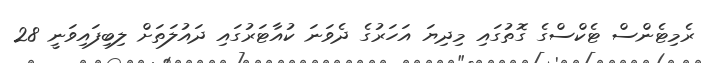
ރެމިޓެންސް ޓެކްސްގެ ގޮތުގައި މިދިޔަ އަހަރުގެ ދެވަނަ ކުއާޓަރުގައި ދައުލަތަށް ލިބިފައިވަނީ 28